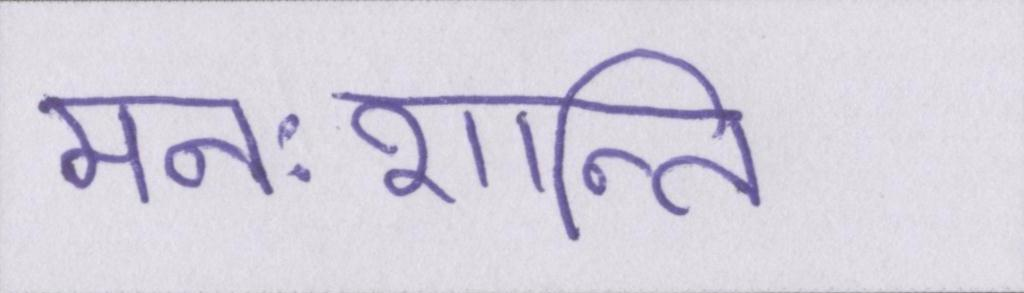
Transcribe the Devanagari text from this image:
मनःशान्ति